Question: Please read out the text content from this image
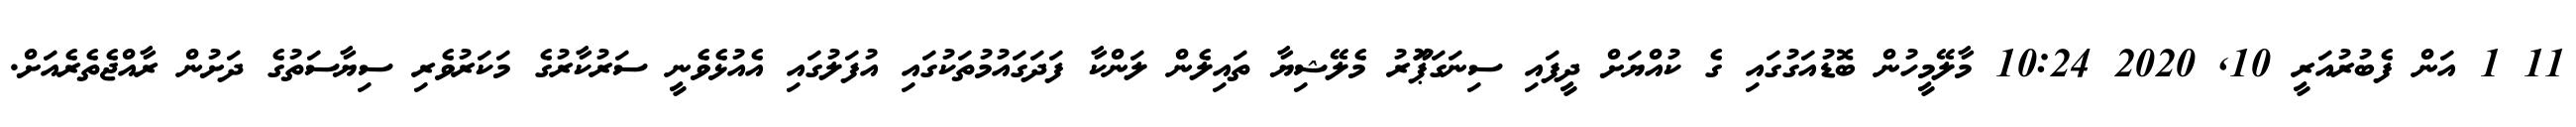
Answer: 11 1 އަން ފެބުރުއަރީ 10, 2020 10:24 މާލޭމީހުން ބޮޑުއަގުގައި ގެ ކުއްޔަށް ދީފައި ސިނަގަޕަޫރު މެލޭޝިޔާ ތައިލެން ލަންކާ ފަދަގައުމުތަކުގައި އުފަލުގައި އެއުޅެވެނީ ސަރުކާރުގެ މަކަރުވެރި ސިޔާސަތުގެ ދަށުން ރާއްޖެތެރެއަށް.